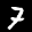
Label: 7